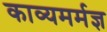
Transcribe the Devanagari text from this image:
काव्यमर्मज्ञ